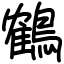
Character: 鶴